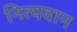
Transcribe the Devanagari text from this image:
नित्यदान